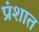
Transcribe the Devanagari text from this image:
प्रंशात